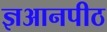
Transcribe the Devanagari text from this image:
ज्ञआनपीठ